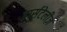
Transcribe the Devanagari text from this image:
हार्सटेलीज़